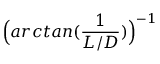
\Big ( a r c t a n ( \frac { 1 } { L / D } ) \Big ) ^ { - 1 }